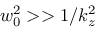
w _ { 0 } ^ { 2 } > > 1 / k _ { z } ^ { 2 }